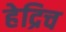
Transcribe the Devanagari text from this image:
हेद्रिच